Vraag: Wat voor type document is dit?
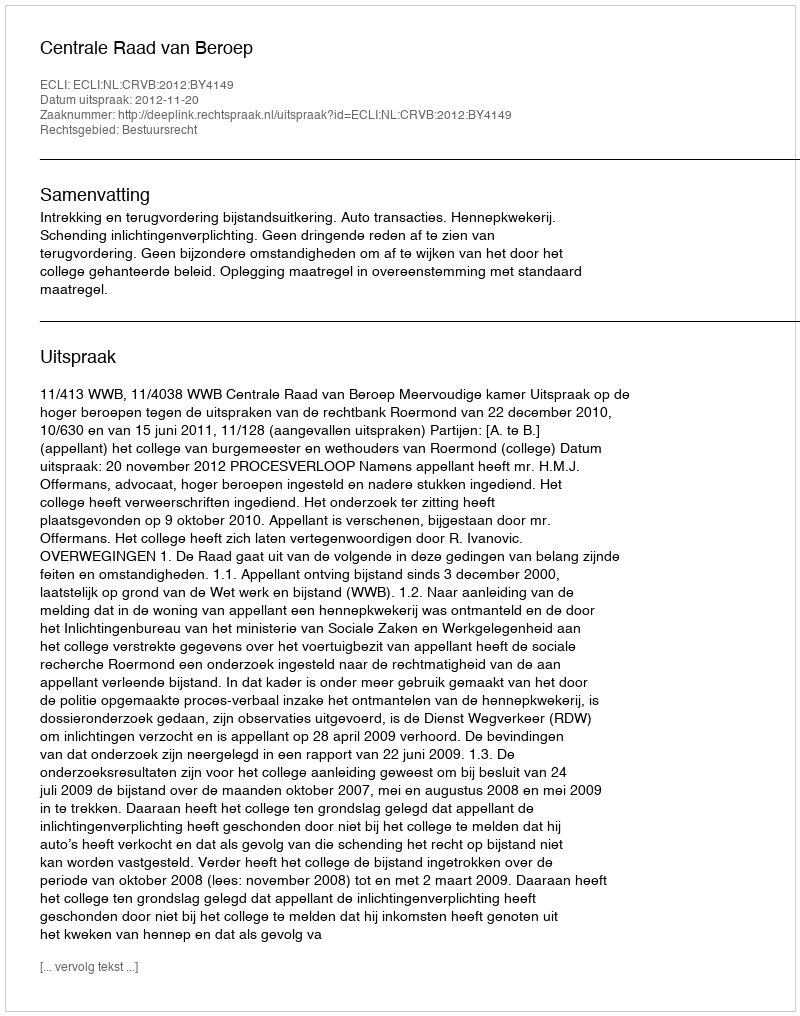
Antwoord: Uitspraak